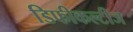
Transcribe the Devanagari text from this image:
डिफीकल्टीज